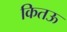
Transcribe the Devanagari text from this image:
कितऊ